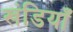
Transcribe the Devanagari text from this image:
खंडियाँ